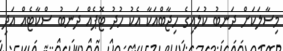
މިސާލަކަށް ދަނބު ކުލައިގެ ހިޖާބްއަކާ އެކު ހުދު ޓޮޕެއް ދަނބު ސްކާޓެއް އަދި